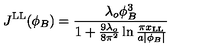
J ^ { \mathrm { L L } } ( \phi _ { B } ) = { \frac { \lambda _ { o } \phi _ { B } ^ { 3 } } { 1 + { \frac { 9 \lambda _ { o } } { 8 \pi ^ { 2 } } } \ln { \frac { \pi x _ { \mathrm { L L } } } { a | \phi _ { B } | } } } }